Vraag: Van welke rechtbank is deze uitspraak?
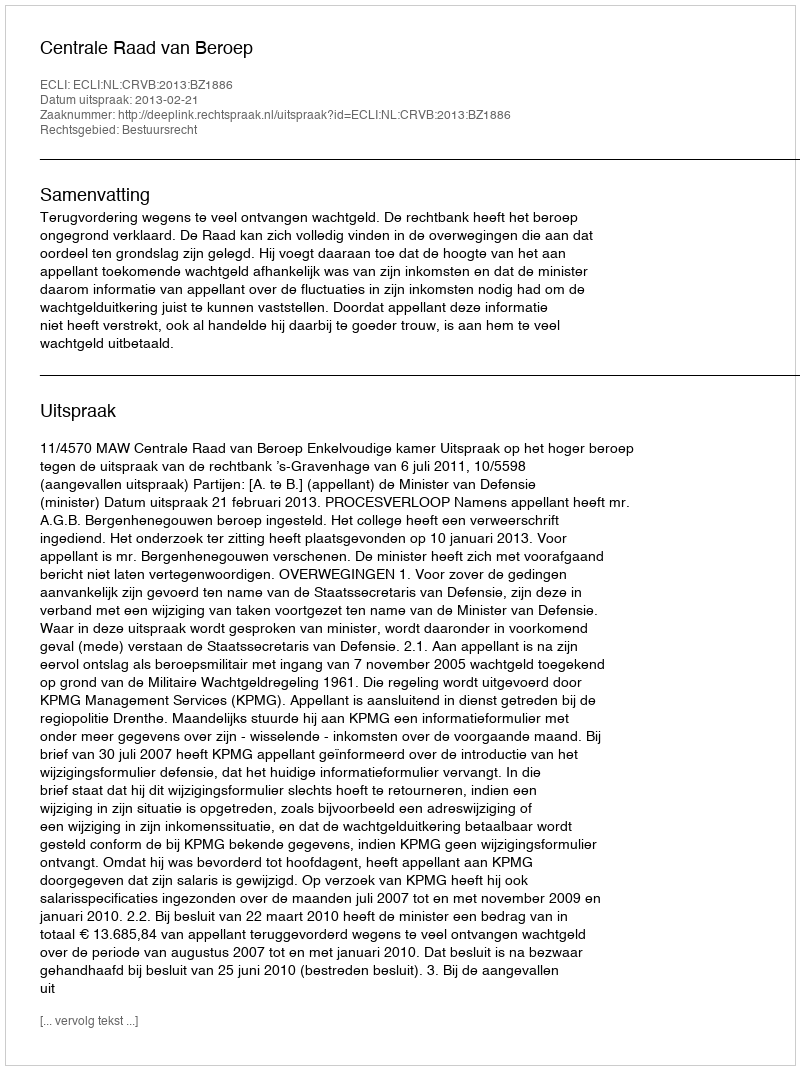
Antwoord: Centrale Raad van Beroep